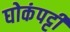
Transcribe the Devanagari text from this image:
घोकंपट्टी